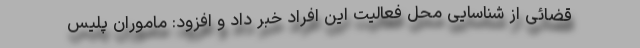
قضائی از شناسایی محل فعالیت این افراد خبر داد و افزود: ماموران پلیس